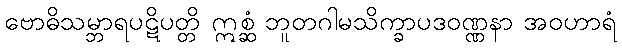
ဗောဓိသမ္ဘာရပဋိပတ္တိ ဣစ္ဆံ ဘူတဂါမသိက္ခာပဒဝဏ္ဏနာ အဝဟာရံ